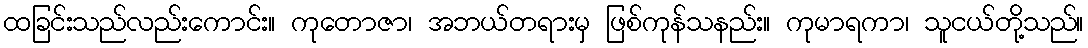
ထခြင်းသည်လည်းကောင်း။ ကုတောဇာ၊ အဘယ်တရားမှ ဖြစ်ကုန်သနည်း။ ကုမာရကာ၊ သူငယ်တို့သည်။